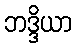
ဘဒ္ဒိယာ